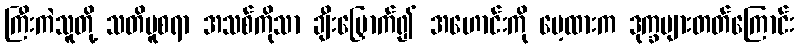
ကြီးကဲသူတို့ သတိမူစရာ အသစ်ကိုသာ ချီးမြှောက်၍ အဟောင်းကို မေ့ထားက ဒုက္ခများတတ်ကြောင်း